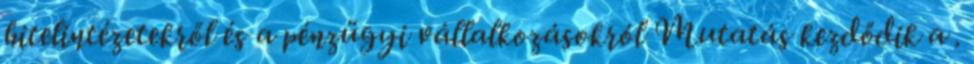
hitelintézetekről és a pénzügyi vállalkozásokról Mutatás kezdődik a .